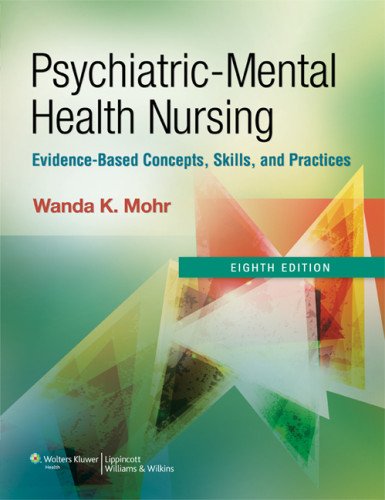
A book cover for Psychiatric-Mental Health Nursing: Evidence-Based Concepts, Skills, and Practices; Wanda Mohr PhD  RN  FAAN; Medical Books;